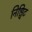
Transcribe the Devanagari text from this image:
निश्चिट